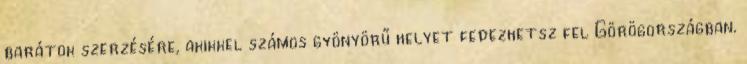
barátok szerzésére, akikkel számos gyönyörű helyet fedezhetsz fel Görögországban.